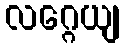
လဂ္ဂေယျ